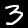
Digit: 3